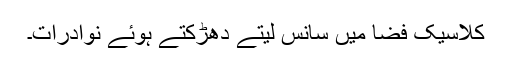
کلاسیک فضا میں سانس لیتے دھڑکتے ہوئے نوادرات۔